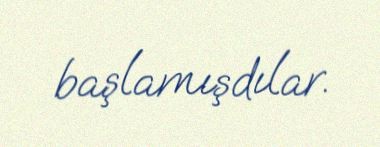
başlamışdılar.